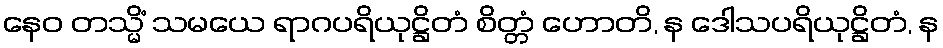
နေဝ တသ္မိံ သမယေ ရာဂပရိယုဋ္ဌိတံ စိတ္တံ ဟောတိ, န ဒေါသပရိယုဋ္ဌိတံ, န